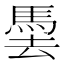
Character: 𩢧